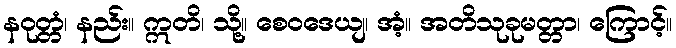
နဝုတ္တံ၊ နည်း။ ဣတိ၊ သို့။ စေဝဒေယျ၊ အံ့။ အတိသုခုမတ္တာ၊ ကြောင့်။